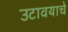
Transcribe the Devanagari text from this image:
उटावयाचे